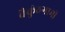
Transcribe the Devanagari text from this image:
वैकुंठगामी